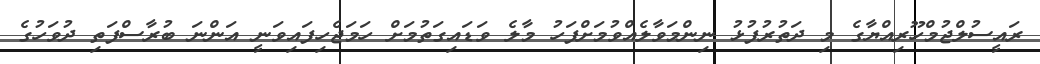
ރައީސުލްޖުމްހޫރިއްޔާގެ މި ދަތުރުފުޅު ނިންމަވާލެއްވުމަށްފަހު މާލެ ވަޑައިގަތުމަށް ހަމަޖެހިފައިވަނީ އަންނަ ބުރާސްފަތި ދުވަހުގެ